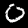
Label: 0